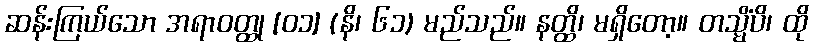
ဆန်းကြယ်သော အရာဝတ္ထု [၀၁] (နိ၊ ၆၁) မည်သည်။ နတ္ထိ၊ မရှိတော့။ တသ္မိံပိ၊ ထို